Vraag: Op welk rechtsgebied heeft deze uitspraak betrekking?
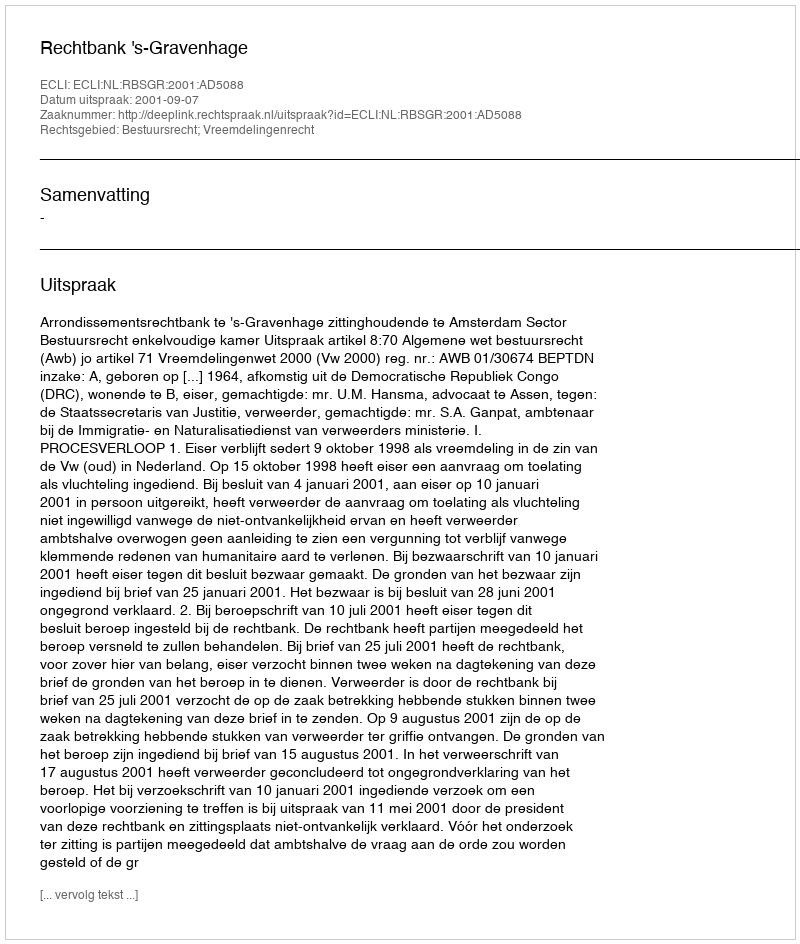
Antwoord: Bestuursrecht; Vreemdelingenrecht